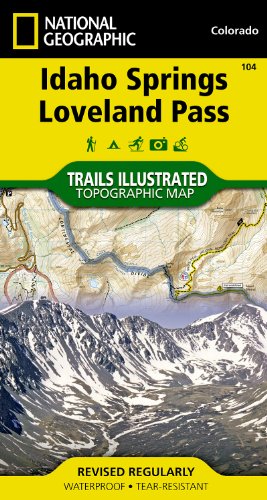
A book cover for Idaho Springs, Loveland Pass (National Geographic Trails Illustrated Map); National Geographic Maps - Trails Illustrated; Travel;